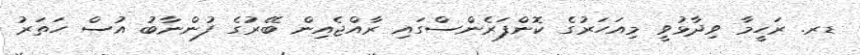
ޑރ. ރަހީމާ ވިދާޅުވީ މިއަހަރުގެ ކޮންފަރެންސްގައި ރާއްޖެއިން ބޭރުގެ ފުންނާބު އުސް ހަތަރު